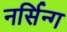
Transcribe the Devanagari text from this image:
नर्सिन्ग